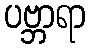
ပဗ္ဘာရာ